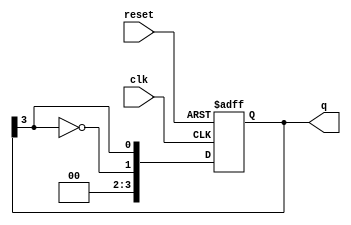
module johnson_counter #(
    parameter N = 4  // Number of flip-flops
)(
    input wire clk,   // Clock input
    input wire reset, // Asynchronous reset
    output reg [N-1:0] q // Counter output
);

// Always block for synchronous operation
always @(posedge clk or posedge reset) begin
    if (reset) begin
        q <= 0; // Reset the counter to 0
    end else begin
        // Shift the current state and feedback the inverted last flip-flop output
        q <= {~q[N-1], q[N-1:N-1]}; // Shift logic
    end
end

endmodule